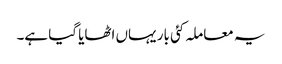
یہ معاملہ کئی بار یہاں اٹھایا گیا ہے۔